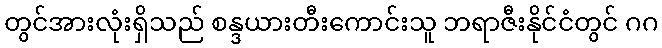
တွင်အားလုံးရှိသည် စန္ဒယားတီးကောင်းသူ ဘရာဇီးနိုင်ငံတွင် ဂဂ